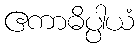
ဧကာဓိပ္ပါယံ